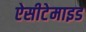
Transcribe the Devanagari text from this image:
ऐसीटेमाइड